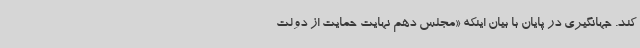
کند. جهانگیری در پایان با بیان اینکه «مجلس دهم نهایت حمایت از دولت